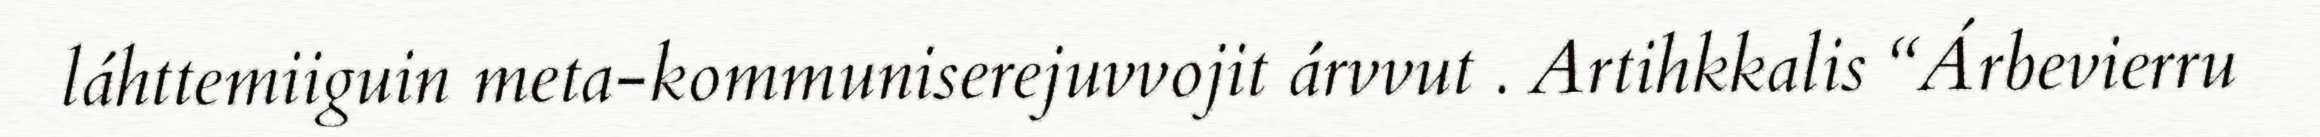
láhttemiiguin meta-kommuniserejuvvojit árvvut . Artihkkalis “Árbevierru